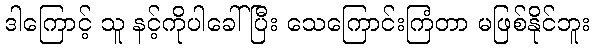
ဒါကြောင့် သူ နင့်ကိုပါခေါ်ပြီး သေကြောင်းကြံတာ မဖြစ်နိုင်ဘူး